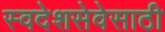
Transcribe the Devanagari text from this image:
स्वदेशसेवेसाठी